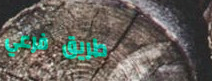
طريق فرعي